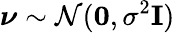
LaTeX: \boldsymbol\nu\sim\mathcal{N}(\mathbf 0,\sigma^{2}\mathbf I)